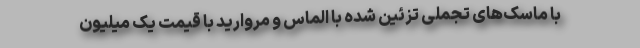
با ماسک‌های تجملی تزئین ‌شده با الماس و مروارید با قیمت یک میلیون